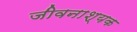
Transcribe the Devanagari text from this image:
जीवनाश्यक